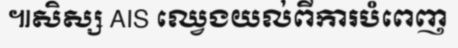
៕សិស្ស AIS ឈ្វេងយល់ពីការបំពេញ